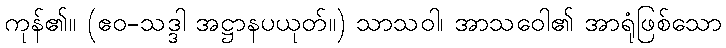
ကုန်၏။ (ဧဝ-သဒ္ဒါ အဋ္ဌာနပယုတ်။) သာသဝါ၊ အာသဝေါ၏ အာရုံဖြစ်သော